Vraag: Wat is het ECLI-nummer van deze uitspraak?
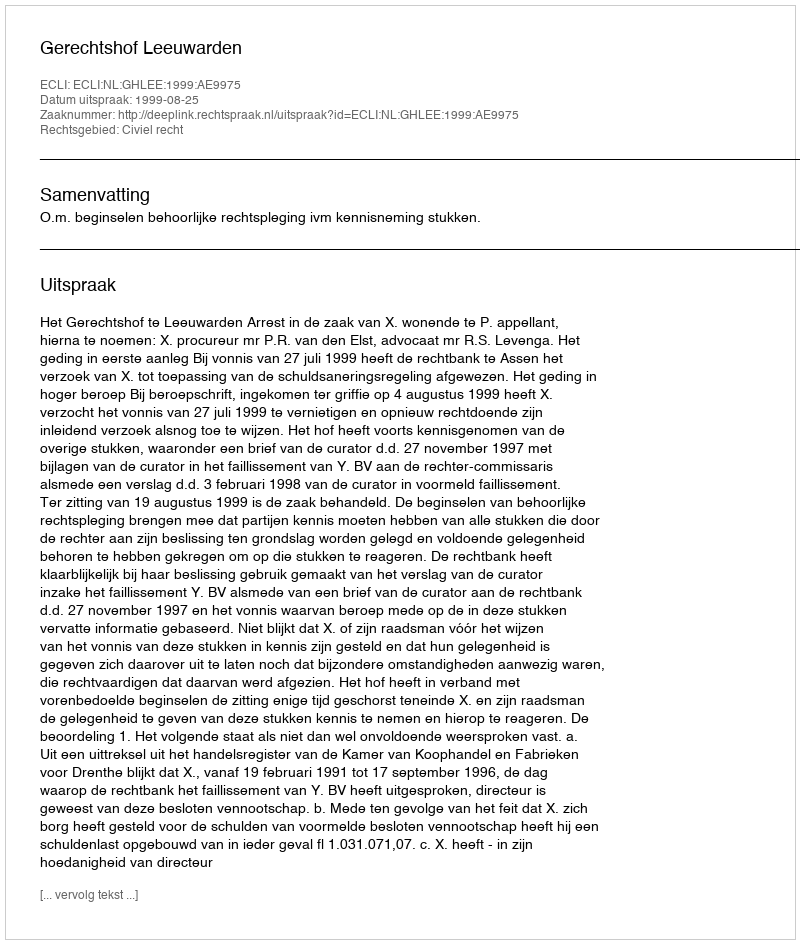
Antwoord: ECLI:NL:GHLEE:1999:AE9975